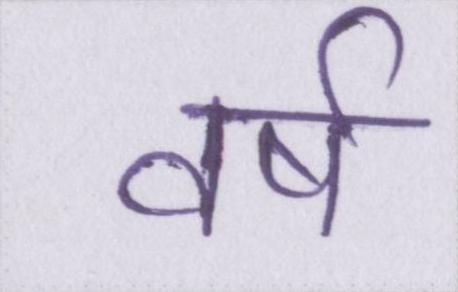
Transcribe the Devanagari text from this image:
वर्ष